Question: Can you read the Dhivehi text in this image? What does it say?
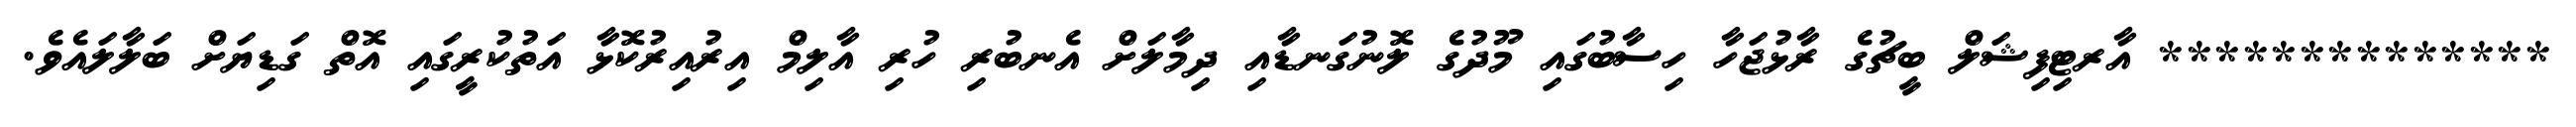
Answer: ************** އާރޓިފިޝަލް ބީޗުގެ ރާޅުޖަހާ ހިސާބުގައި މޫދުގެ ލޮނުގަނޑާއި ދިމާލަށް އެނބުރި ހުރި އާލިމް އިރުއިރުކޮޅާ އަތުކުރީގައި އޮތް ގަޑިޔަށް ބަލާލައެވެ.